Scientific memoirs by medical officers of the Army of India - Part XII,
Year: 1901
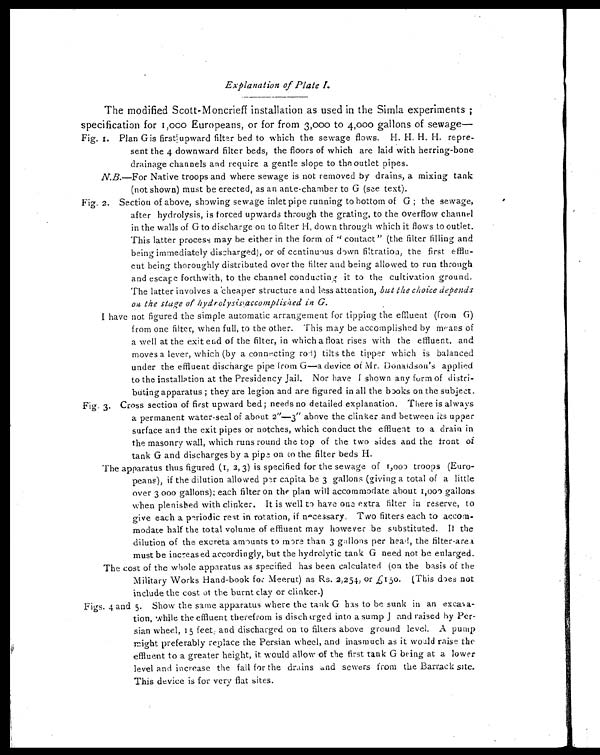
Explanation of Plate I.
The modified Scott-Moncrieff installation as used in the Simla experiments ;
specification for 1,000 Europeans, or for from 3,000 to 4,000 gallons of sewage—
Plan G is first upward filter bed to which the sewage flows. H. H, H. H. repre-
sent the 4 downward filter beds, the floors of which are laid with herring-bone
drainage channels and require a gentle slope to the outlet pipes.
N.B. —For Native troops and where sewage is not removed by drains, a mixing tank
(not shown) must be erected, as an ante-chamber to G (see text).
Section of above, showing sewage inlet pipe running to bottom of G ; the sewage,
after hydrolysis, is forced upwards through the grating, to the overflow channel
in the walls of G to discharge on to filter H, down through which it flows to outlet.
This latter process may be either in the form of "contact" (the filter filling and
being immediately discharged), or of continuous down filtration, the first efflu
- e n t b e i n g t h o r o u g h l y d i s t r i b u t e d o v e r t h e f i l t e r a n d b e i n g a l l o w e d t o r u n t h r o u g h
and escape forthwith, to the channel conducting it to the cultivation ground.
The latter involves a cheaper structure and less attention, but the choice depends
on the stage of hydrolysis<illegible>accomplished in G.
I have not figured the simple automatic arrangement for tipping the effluent (from G)
from one filter, when full, to the other. This may be accomplished by means of
a well at the exit end of the filter, in which a float rises with the effluent. and
moves a lever, which (by a connecting rod) tilts the tipper which is balanced
under the effluent discharge pipe from G—a device of Mr. Donaldson's applied
to the installation at the Presidency Jail. Nor have I shown any form of distri
- b u t i n g a p p a r a t u s ; t h e y a r e l e g i o n a n d a r e f i g u r e d i n a l l t h e b o o k s o n t h e s u b j e c t .
Cross section of first upward bed; needs no detailed explanation. There is always
a permanent water-seal of about 2"—3" above the clinker and between its upper
surface and the exit pipes or notches, which conduct the effluent to a drain in
the masonry wall, which runs round the top of the two sides and the front of
tank G and discharges by a pipe on to the filter beds H.
The apparatus thus figured (1, 2, 3) is specified for the sewage of 1,000 troops (Euro
- p e a n s ) , i f t h e d i l u t i o n a l l o w e d p e r c a p i t a b e 3 g a l l o n s ( g i v i n g a t o t a l o f a l i t t l e
over 3 000 gallons); each filter on the plan will accommodate about 1,000 gallons
when plenished with clinker. It is well to have one extra filter in reserve, to
give each a periodic rest in rotation, if necessary. Two filters each to accom
- m o d a t e h a l f t h e t o t a l v o l u m e o f e f f l u e n t m a y h o w e v e r b e s u b s t i t u t e d .I
t
t h e
dilution of the excreta amounts to more than 3 gallons per head, the filter-area
must be increased accordingly, but the hydrolytic tank G need not be enlarged.
The cost of the whole apparatus as specified has been calculated (on the basis of the
Military Works Hand-book for Meerut) as Rs. 2,254, or £150. (This does not
include the cost of the burnt clay or clinker.)
Show the same apparatus where the tank G has to be sunk in an excava
-tion, while the effluent therefrom is discharged into a sump J and raised by Per
- s i a n w h e e l , 1 5 f e e t a n d d i s c h a r g e d o n t o f i l t e r s a b o v e g r o u n d l e v e l . A p u m p
might preferably replace the Persian wheel, and inasmuch as it would raise the
effluent to a greater height, it would allow of the first tank G being at a lower
level and increase the fall for the drains and sewers from the Barrack site.
This device is for very flat sites.
Fig. I.
Fig. 2.
Fig. 3.
Figs. 4 and 5.